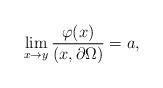
LaTeX: \begin{align*}\lim_{x \to y} \frac{\varphi(x)}{(x,\partial \Omega)} = a,\end{align*}